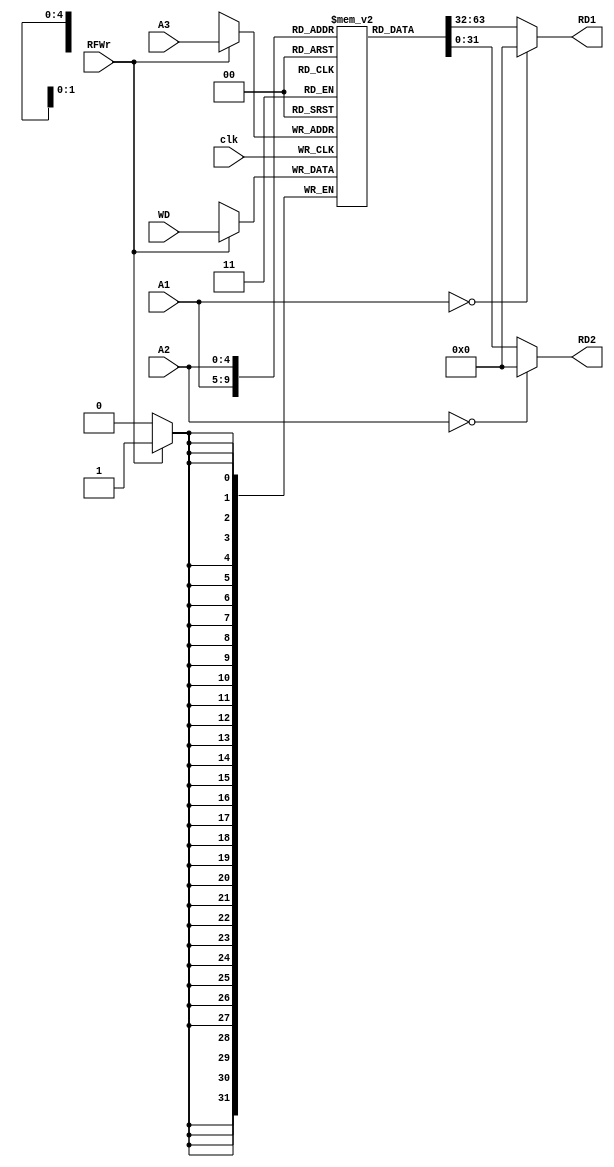
`timescale 1ns / 1ps
//////////////////////////////////////////////////////////////////////////////////
// Company: 
// Engineer: 
// 
// Design Name: 
// Module Name: RF
// Project Name: 
// Target Devices: 
// Tool Versions: 
// Description: 
// 
// Dependencies: 
// 
// Revision:
// Revision 0.01 - File Created
// Additional Comments:
// 
//////////////////////////////////////////////////////////////////////////////////


module RF( A1, A2, A3, WD, clk, RFWr, RD1, RD2);
    
   input  [4:0]  A1, A2, A3;
   input  [31:0] WD;
   input         clk;
   input         RFWr;
   output [31:0] RD1, RD2;
   
   reg [31:0] rf[31:0];
 
   always @(posedge clk) 
     if (RFWr)  rf[A3] <= WD;
     
   assign RD1 = (A1 == 0) ? 32'd0 : rf[A1];
   assign RD2 = (A2 == 0) ? 32'd0 : rf[A2];   
endmodule